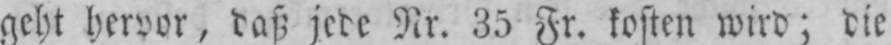
geht hervor, daß jede Nr. 35 Fr. kosten wird; die